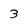
Character: 3